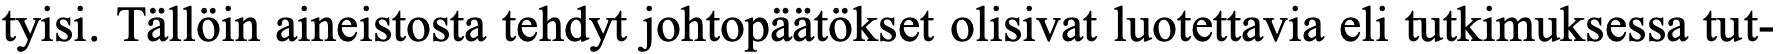
tyisi. Tällöin aineistosta tehdyt johtopäätökset olisivat luotettavia eli tutkimuksessa tut-